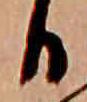
日